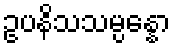
ဥပနိသသမ္ပန္နော